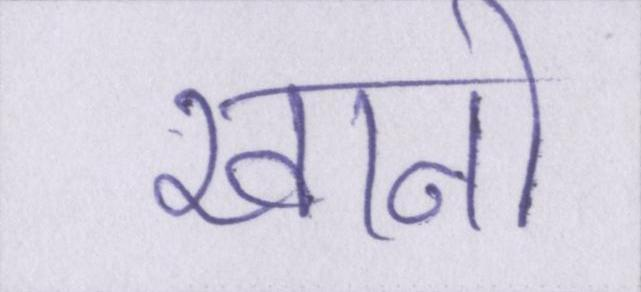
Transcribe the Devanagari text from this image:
खानों